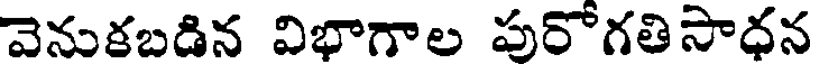
వెనుకబడిన విభాగాల పురోగతిసాధన